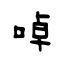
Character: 啅